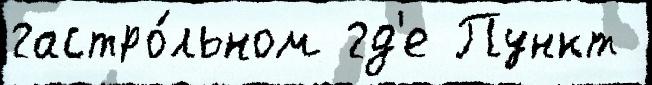
гастро́льном гд'е Пункт